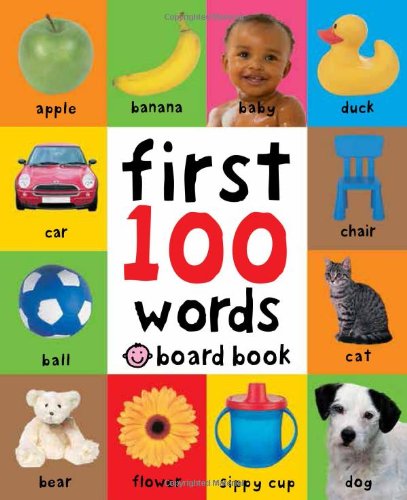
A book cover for First 100 Words; Roger Priddy; Reference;